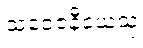
သံဝေဇနီယေသု